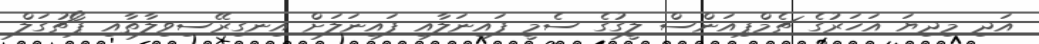
އަދި މިދިޔަ އަހަރުގެ ޗެމްޕިއަންސް ލީގުގެ ސެމީ ފައިނަލާއި ފައިނަލަށް އިނގިރޭސިވިލާތާއި ޕޯޗުގަލް